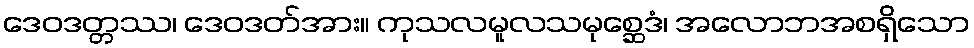
ဒေဝဒတ္တဿ၊ ဒေဝဒတ်အား။ ကုသလမူလသမုစ္ဆေဒံ၊ အလောဘအစရှိသော